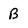
Character: B